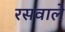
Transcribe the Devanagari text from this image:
रसवाले